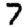
Digit: 7